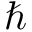
\hbar